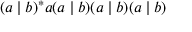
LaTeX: ( a \mid b ) ^ { * } a ( a \mid b ) ( a \mid b ) ( a \mid b )